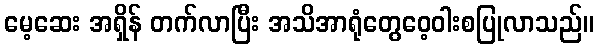
မေ့ဆေး အရှိန် တက်လာပြီး အသိအာရုံတွေဝေ့ဝါးစပြုလာသည်။